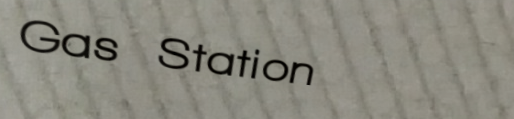
Gas Station